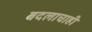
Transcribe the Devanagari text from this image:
बदलाचाही